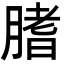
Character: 𦞯